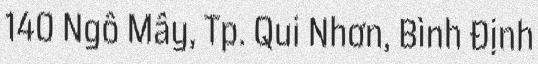
140 Ngô Mây, Tp. Qui Nhơn, Bình Định